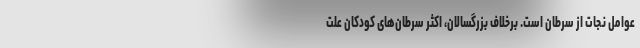
عوامل نجات از سرطان است. برخلاف بزرگسالان، اکثر سرطان‌های کودکان علت